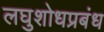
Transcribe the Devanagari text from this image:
लघुशोधप्रबंध